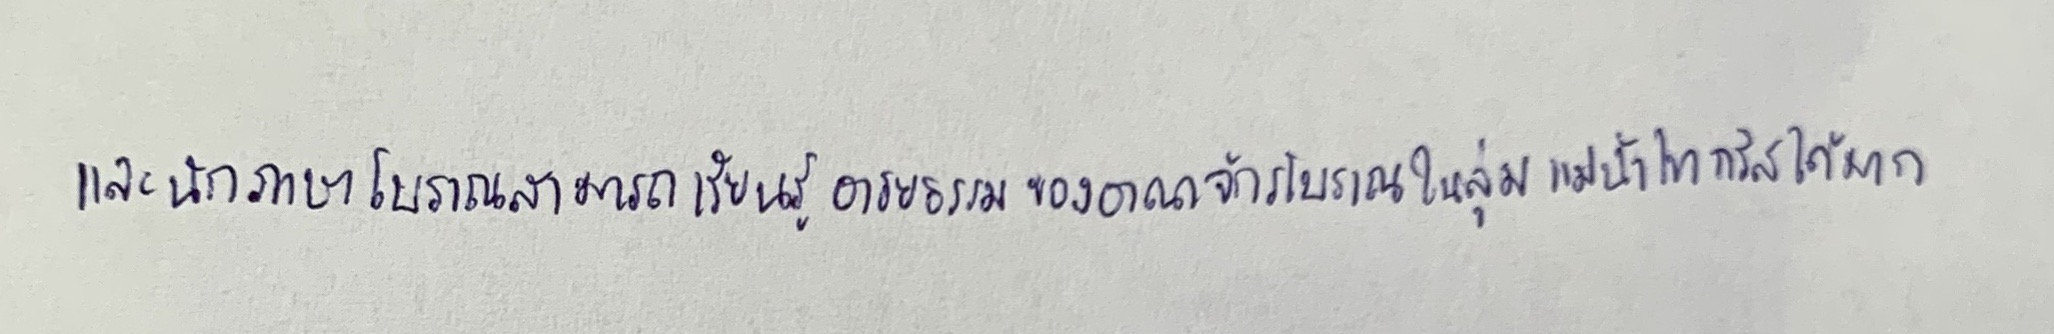
และนักภาษาโบราณสามารถเรียนรู้อารยธรรมของอาณาจักรโบราณในลุ่มแม่น้ำไทกริสได้มาก